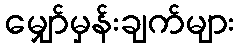
မျှော်မှန်းချက်များ